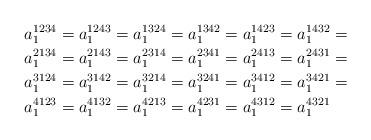
LaTeX: \begin{align*}a_{1}^{1234} & =a_{1}^{1243}=a_{1}^{1324}=a_{1}^{1342}=a_{1}^{1423}=a_{1}^{1432}=\\a_{1}^{2134} & =a_{1}^{2143}=a_{1}^{2314}=a_{1}^{2341}=a_{1}^{2413}=a_{1}^{2431}=\\a_{1}^{3124} & =a_{1}^{3142}=a_{1}^{3214}=a_{1}^{3241}=a_{1}^{3412}=a_{1}^{3421}=\\a_{1}^{4123} & =a_{1}^{4132}=a_{1}^{4213}=a_{1}^{4231}=a_{1}^{4312}=a_{1}^{4321}\end{align*}